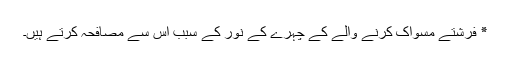
٭ فرشتے مسواک کرنے والے کے چہرے کے نور کے سبب اس سے مصافحہ کرتے ہیں۔